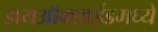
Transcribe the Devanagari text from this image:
डायऑक्साईडमध्ये